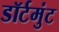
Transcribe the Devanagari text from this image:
डॉर्टमुंट